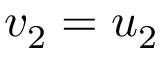
v _ { 2 } = u _ { 2 }